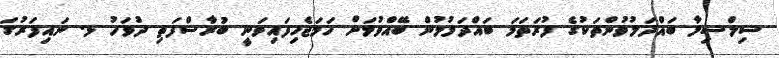
ސިލްސިލާ ބައްދަލުވުންތަކުގެ ފުރަތަމަ ބައްދަލުމުން ބޭއްވުމަށް ހަމަޖެހިފައިވަނީ ބުރާސްފަތި ދުވަހު ޅ. ނައިފަރުގަ